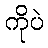
ကိုပဲ